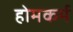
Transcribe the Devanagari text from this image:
होमकर्म